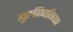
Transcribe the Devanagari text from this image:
गुरुशिष्यविषयक